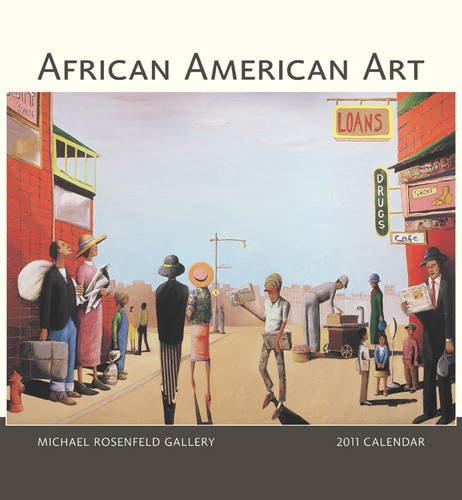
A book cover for African American Art 2011 Wall Calendar; Michael Rosenfield Gallery; Calendars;